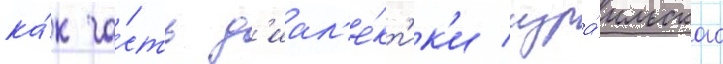
ка́к ча́сть д'иал'е́кт'ик'и изра́ильского